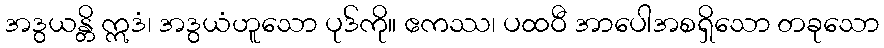
အဒွယန္တိ ဣဒံ၊ အဒွယံဟူသော ပုဒ်ကို။ ဧကဿ၊ ပထဝီ အာပေါအစရှိသော တခုသော